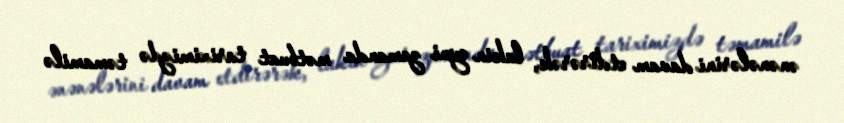
ənənələrini davam etdirərək, lakin eyni zamanda mətbuat tariximizdə təmamilə